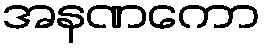
အနဏကော